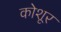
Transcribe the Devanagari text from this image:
कोशूर